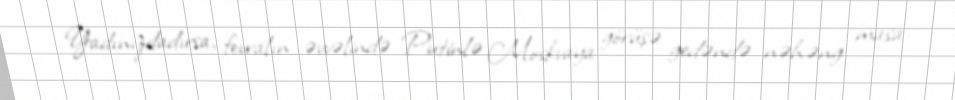
Yadınızdadırsa, fevralın əvvəlində Putinlə Moskvaya görüşə gedəndə nəhəng masa